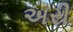
અરી